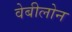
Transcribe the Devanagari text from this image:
वेबीलोन